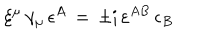
\xi ^ { \mu } \, \gamma _ { \mu } \, \epsilon ^ { A } \, = \, \pm \mathrm { i } \, \varepsilon ^ { A B } \, \epsilon _ { B }